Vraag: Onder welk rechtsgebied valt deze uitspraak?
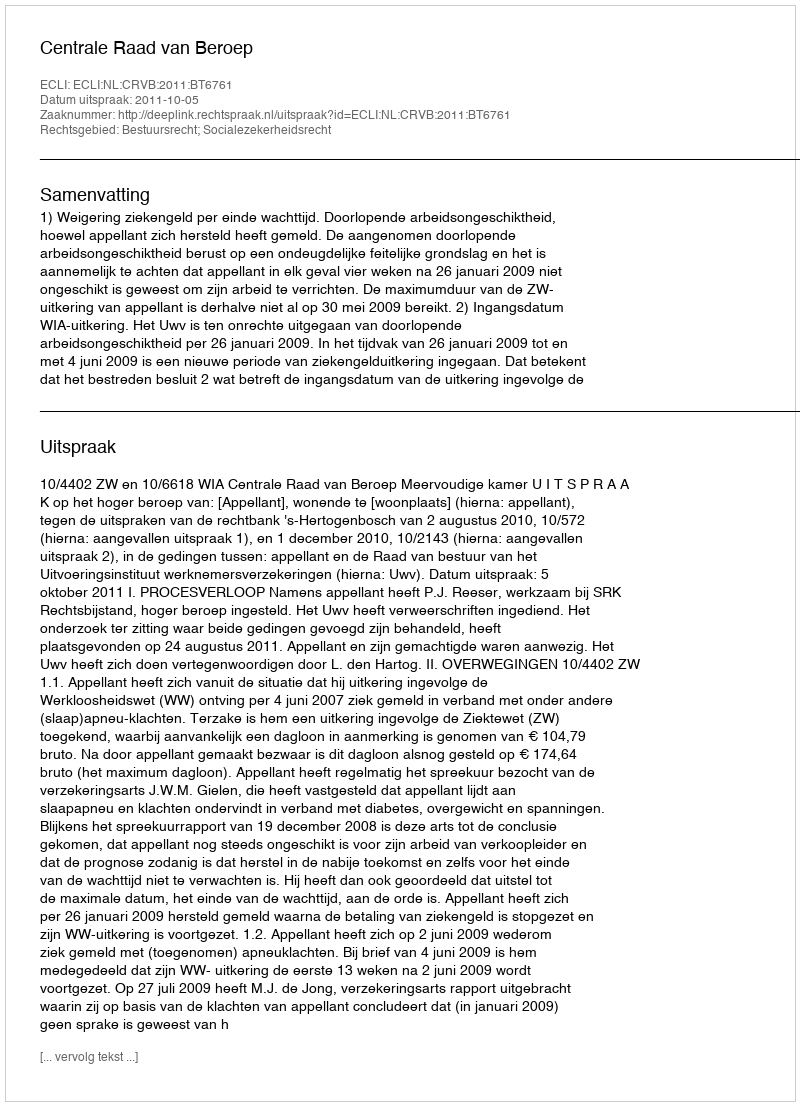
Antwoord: Bestuursrecht; Socialezekerheidsrecht